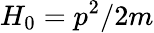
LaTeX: H_{0}=p^{2}/2m